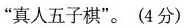
”真人五子棋”。(4分)